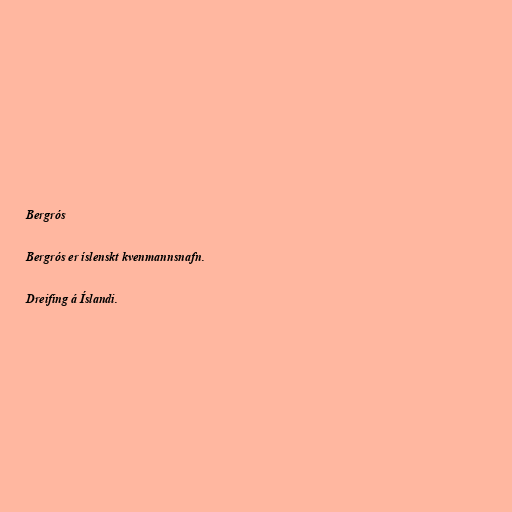
Bergrós

Bergrós er íslenskt kvenmannsnafn.

Dreifing á Íslandi.